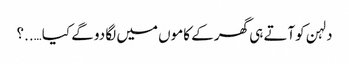
دلہن کوآتے ہی گھر کے کاموں میں لگا دو گے کیا…..؟